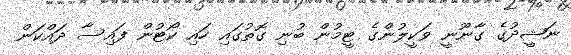
ނަޝީދުގެ ގާނޫނީ ވަކީލުންގެ ޓީމުން ބުނި ގޮތުގައި ހައި ކޯޓުން ފައިސާ ދައްކަން